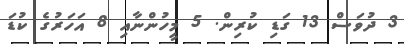
3 ދުވަސް 13 ގަޑި ކުރިން. 5 މީހުންނާއި 8 އަހަރުގެ ކުޑަ